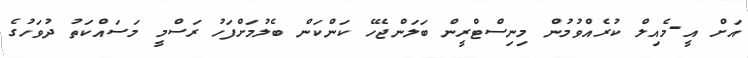
އަށް އީ-މެއިލް ކުރެއްވުމުން މިނިސްޓްރީން ބަލަންޖެހޭ ކަންކަން ބެލުމަށްފަހު ރަސްމީ މަސައްކަތު ދުވަހުގެ